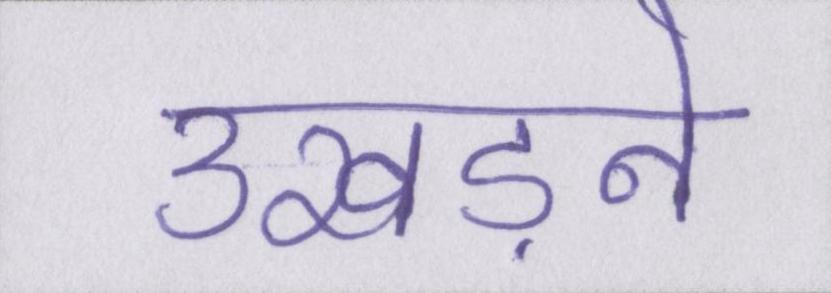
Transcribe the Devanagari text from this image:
उखड़ने